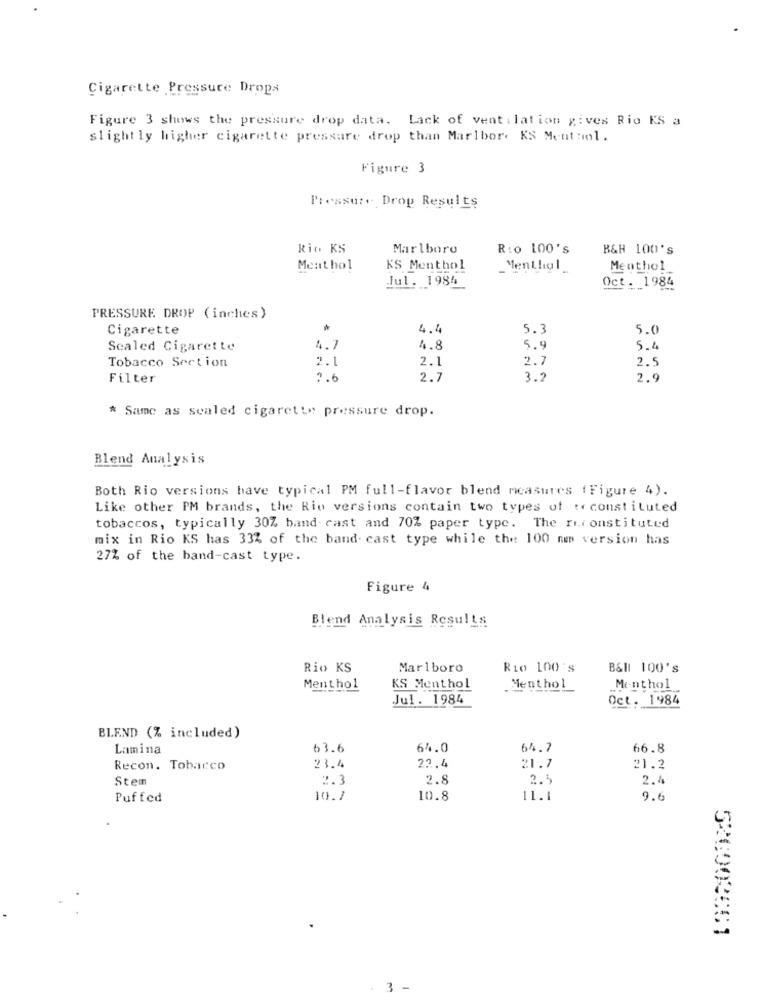
Cigarette Pressure Drops
Figure 3 shows the pressure drop data. Lack of ventilation gives Rio KS a
slightly higher cigarette pressure drop than Marlbor. KS Menthol.
Figure 3
Pressure Drop Results
Rio KS
Marlboro
R:o 100's
B&H 100'S
Menthol
KS Menthol
Menthol_
Menthol
Jul. 1984
Oct. 1984
PRESSURE DROP (inches)
Cigarette
4.4
5.3
5.0
Sealed Cigarette
4.7
4.8
5.9
5.4
Tobacco Section
2.1
2.1
2.7
2.5
Filter
2.6
2.7
3.2
2.9
* Same as sealed cigarette pressure drop.
Blend Analysis
Both Rio versions have typical PM full-flavor blend measures ( Figure 4).
Like other PM brands, the Rio versions contain two types of toconstituted
tobaccos, typically 30Z band cast and 70% paper type. The riconstituted
mix in Rio KS has 33% of the band. cast type while the 100 nm version has
27% of the band-cast type.
Figure 4
Blend Analysis Results
Rio KS
Marlboro
Rio 100 's
B&H 100's
Menthol
KS Menthol
Menthol
Menthol
Jul. 1984
Oct. 1984
BLEND (% included)
Lamina
63.6
64.0
64.7
66.8
Recon. Tobacco
23.4
22.4
21.7
21.2
Stem
2.3
2.8
2.5
2.4
Puffed
10.7
10.8
11.1
9.6
52600261
3 -